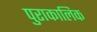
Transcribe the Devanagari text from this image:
पुराकालिक